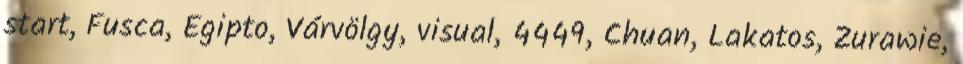
start, Fusca, Egipto, Várvölgy, visual, 4449, Chuan, Lakatos, Zurawie,